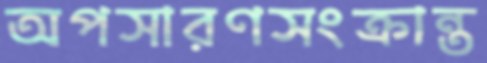
অপসারণসংক্রান্ত